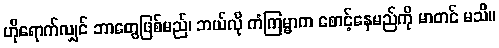
ဟိုရောက်လျှင် ဘာတွေဖြစ်မည်၊ ဘယ်လို ကံကြမ္မာက စောင့်နေမည်ကို မာတင် မသိ။